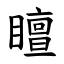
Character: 䁴